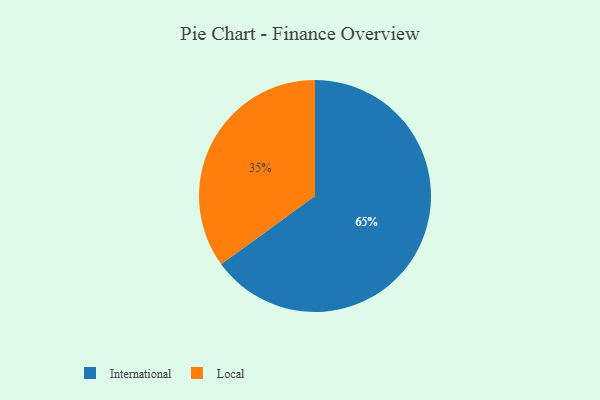
{"axis": {"x": "Category", "y": "Percentage"}, "legend": ["International", "Local"], "data": [{"x": "Local", "y": 35, "type": "Local"}, {"x": "International", "y": 65, "type": "International"}]}